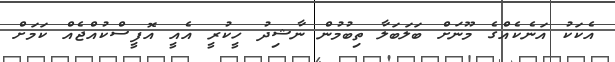
އެކަކު އަނެކެއްގެ މޫނަށް ބަލަބަލާ ތިބުމުން ނާޝިދު ހީކުރީ އެއީ އޮފީސްކުއްޖެއް ކަމަށް